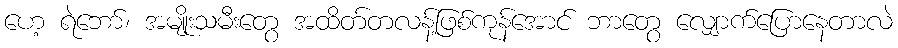
ဟေ့ ရဲဘော်၊ အမျိုးသမီးတွေ အထိတ်တလန့်ဖြစ်ကုန်အောင် ဘာတွေ လျှောက်ပြောနေတာလဲ